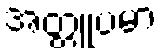
အတ္တူပမာ